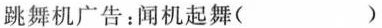
跳舞机广告：闻机起舞()